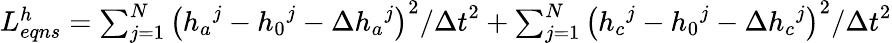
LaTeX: \begin{array}{r}{L_{eqns}^{h}=\sum_{j=1}^{N}{{{\left({{h}_{a}}^{j}-{{h}_{0}}^{j}-\Delta{{h}_{a}}^{j}\right)}^{2}}/{{\Delta t}^{2}}}+\sum_{j=1}^{N}{{{\left({{h}_{c}}^{j}-{{h}_{0}}^{j}-\Delta{{h}_{c}}^{j}\right)}^{2}}/{{\Delta t}^{2}}}}\end{array}